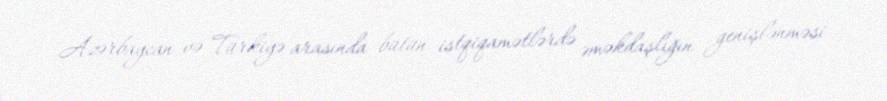
Azərbaycan və Türkiyə arasında bütün istqiqamətlərdə əməkdaşlığın genişlənməsi